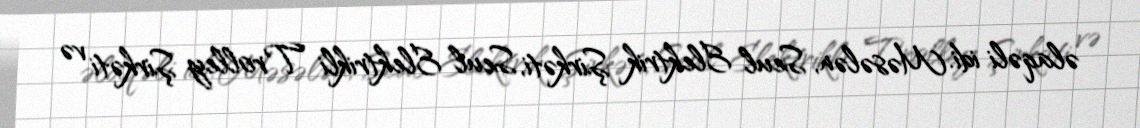
əlaqəli idi. Məsələn, Seul Elektrik Şirkəti, Seul Elektrikli Trolley Şirkəti və